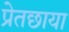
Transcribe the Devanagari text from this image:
प्रेतछाया